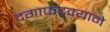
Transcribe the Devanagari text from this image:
दगाफटक्याने